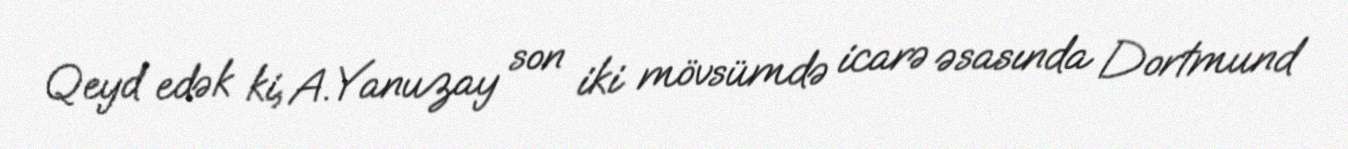
Qeyd edək ki, A.Yanuzay son iki mövsümdə icarə əsasında Dortmund